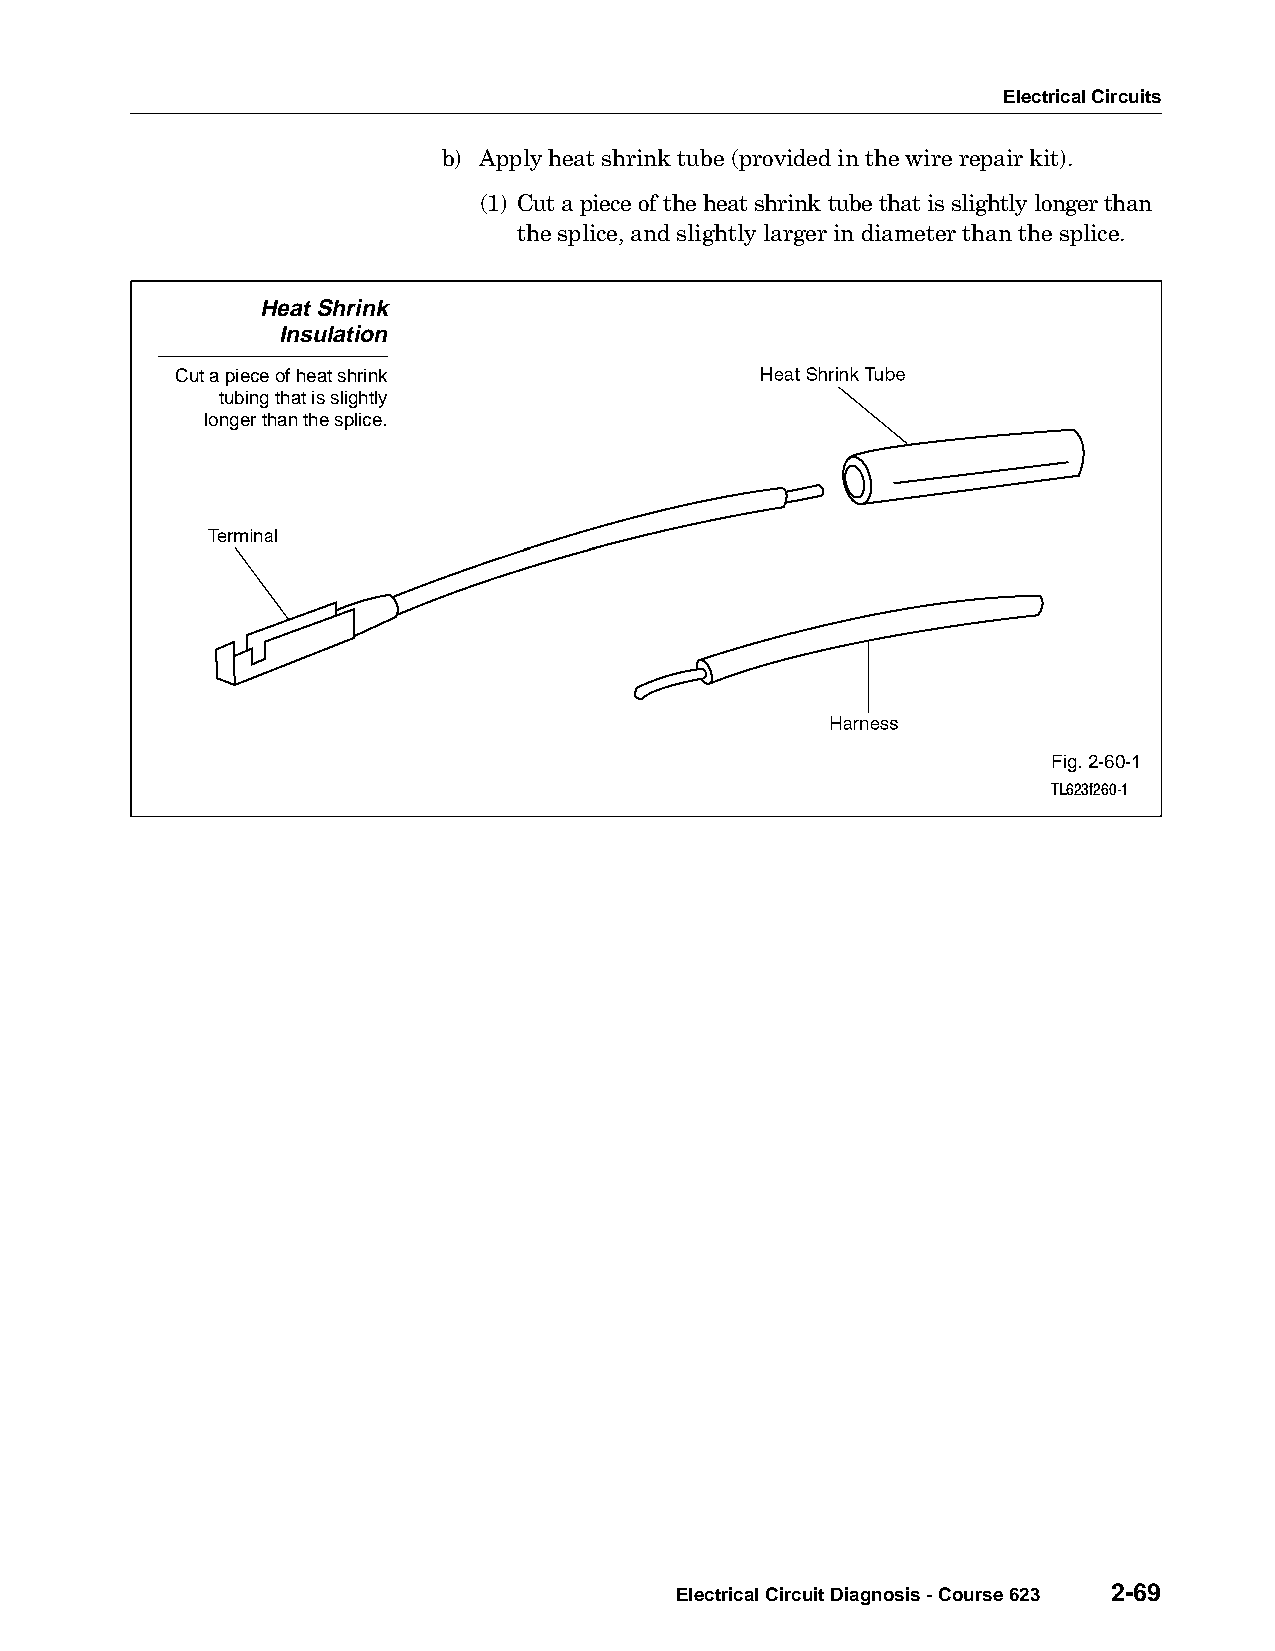
Electrical Circuits
 b) Apply heat shrink tube (provided in the wire repair kit).
 (1) Cut a piece of the heat shrink tube that is slightly longer than
 the splice, and slightly larger in diameter than the splice.
 Heat Shrink
 Insulation
 Cut a piece of heat shrink
 tubing that is slightly
 longer than the splice.
 Fig. 2-60-1
 TL623f260-1
 Electrical Circuit Diagnosis - Course 623 2-69